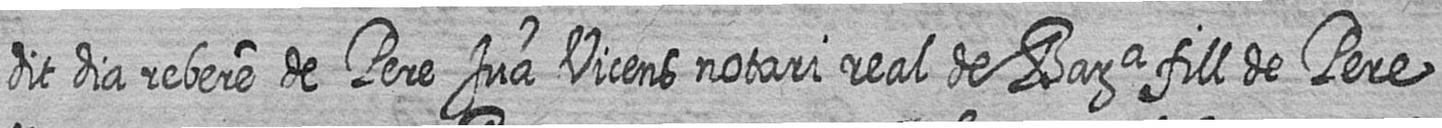
dit dia rebere de Pere Jua Vicens notari real de Bara fill de Pere